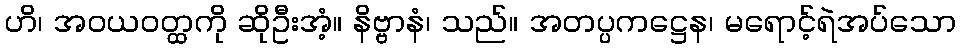
ဟိ၊ အဝယဝတ္ထကို ဆိုဦးအံ့။ နိဗ္ဗာနံ၊ သည်။ အတပ္ပကဋ္ဌေန၊ မရောင့်ရဲအပ်သော